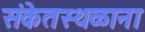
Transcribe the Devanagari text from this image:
संकेतस्थळाना